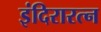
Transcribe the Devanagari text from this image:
इंदिरारत्‍न